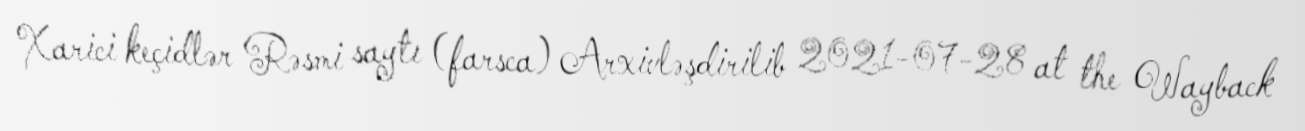
Xarici keçidlər Rəsmi saytı (farsca) Arxivləşdirilib 2021-07-28 at the Wayback